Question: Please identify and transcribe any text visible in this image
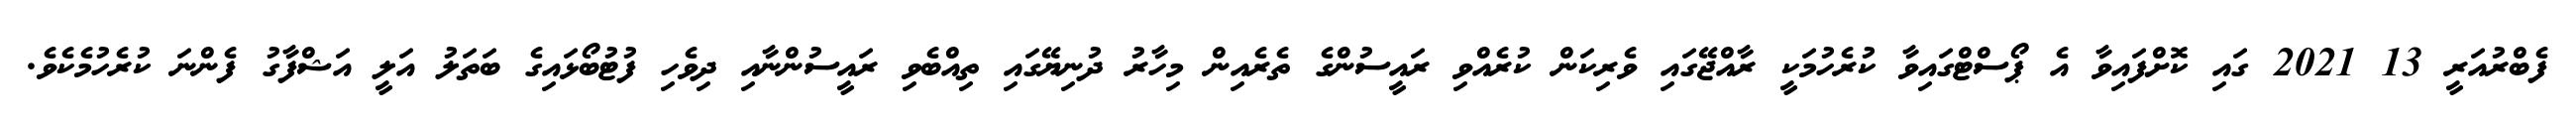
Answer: ފެބްރުއަރީ 13 2021 ގައި ކޮށްފައިވާ އެ ޕޯސްޓްގައިވާ ކުރެހުމަކީ ރާއްޖޭގައި ވެރިކަން ކުރެއްވި ރައީސުންގެ ތެރެއިން މިހާރު ދުނިޔޭގައި ތިއްބެވި ރައީސުންނާއި ދިވެހި ފުޓުބޯޅައިގެ ބަތަލު އަލީ އަޝްފާގު ފެންނަ ކުރެހުމެކެވެ.